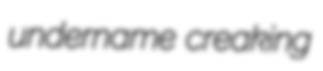
undername creaking